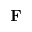
{ \bf F }